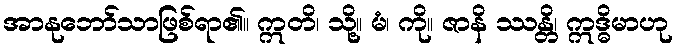
အာနုဘော်သာဖြစ်ရာ၏။ ဣတိ၊ သို့။ မံ၊ ကို။ ဇာနိ ဿန္တိ၊ ဣဒ္ဓိမာဟု